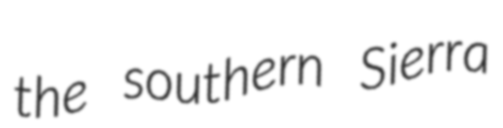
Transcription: the southern Sierra